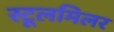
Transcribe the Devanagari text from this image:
स्टूलमिलर